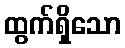
ထွက်ရှိသော